Lunatic asylums Bombay report 1878-1890 - 1878-1890
Year: 1878
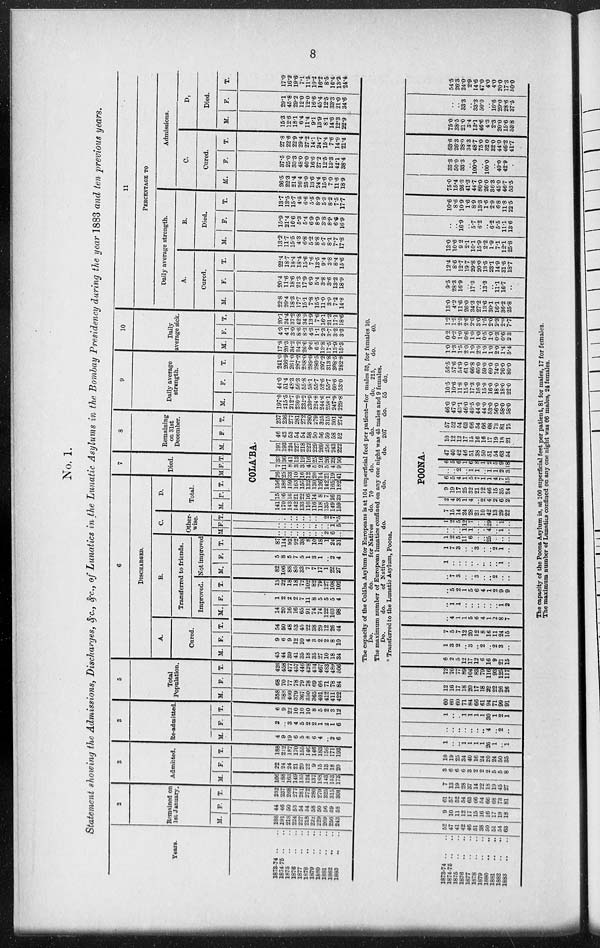
8
No. 1.
Statement showing the Admissions, Discharges, &c., &c., of Lunatics in the Lunatic Asylums in the Bombay Presidency during the year 1883 and ten previous years.
Years.
1873-74 .. ..
1874-75 .. ..
1875 .. ..
1876 .. ..
1877 .. ..
1878 .. ..
1879 .. ..
1880 .. ..
1881 .. ..
1882 .. ..
1883 .. ..
2
Remained on
1st January.
M.
188
191
218
224
227
218
222
229
269
256
243
F.
44
46
50
53
54
54
58
50
56
59
58
T.
232
237
268
277
281
272
280
279
325
315
301
3
Admitted.
M.
166
188
163
149
135
124
137
168
143
153
173
F.
22
24
24
21
20
22
9
15
13
18
20
T.
188
212
187
170
155
146
146
183
156
171
193
3
Re-admitted.
M.
4
9
19
6
5
8
6
4
..
2
6
F.
2
..
3
4 5
2
2
1
2
1
6
T.
6
9
22
10
10
10
8 5
2
3
12
5
Total
Population.
M.
358
388
400
379
367
350
365
401
412
411
422
F.
68
70
77
78
79
78
69
66
71
78
84
T.
426
458
477
457
446
428
434
467
483
489
506
6
DISCHARGED.
A.
Cured.
M.
45
44
39
41
35
18
35
27
10
18
34
F.
9
6
9
12
10
4
3
2
2
8
10
T.
54
50
48
53
45
22
38
29
12
26
44
B.
Transferred to friends.
Improved.
M.
14
20
16
16
65
91
74
74
122
103
98
F.
1
2
2
2
7
11
8
5
5
5
4
T.
15
22
18
18
72
102
82
79
127
108
102
Not improved
M.
82
106
88
85
33
7
7
17
1
22
27
F.
5
8
5
7
5
1
3
1
.. 2
4
T.
87
114
93
92
38
8
10
18
1
24
31
C.
Other-
wise.
M.
..
..
..
..
..
..
..
.. 2
6
..
F.
..
..
..
..
..
..
..
..
.. 1
5
T.
..
..
..
..
..
..
..
.. 2
7
*5
D.
Total.
M. F. T.
7
Died.
M. F. T.
8
Remaining
on 31st
December.
M. F. T.
COLA'BA.
141
170
143
142
133
116
116
118
135
149
159
15
16
16
21
22
16
14
8
7
16
23
156
186
159
163
155
132
130
126
142
165
182
26
25
33
10
16
12
20
14
21
19
41
7
11
8
3
3
4
5
2
5
4
9
33
36
41
13
19
16
25
16
26
23
50
191
193
224
227
218
222
229
269
256
243
222
46
43
53
54
54
58
50
56
59
58
52
237
236
277
281
272
280
279
325
315
301
274
9
Daily average
strength.
M.
197.0
215.5
212.7
230.9
232.2
230.9
224.8
244.6
258.1
247.9
229.8
F.
44.0
51.4
48.3
56.3
55.8
58.1
55.7
52.6
55.7
60.6
53.0
T.
241.0
266.9
261.0
287.2
288.0
289.0
280.5
297.2
313.8
308.5
282.8
10
Daily
average sick.
M.
17.8
20.3
34.2
34.2
26.6
9.6
6.5
13.8
17.5
13.9
15.3
F.
4.3
4.1
3.0
8.6
8.3
4.3
1.1
2.3
3.7
3.2
3.3
T.
20.1
24.4
37.2
42.8
34.9
13.9
7.6
16.1
21.2
17.1
18.6
11
PERCENTAGE TO
Daily average strength.
A.
Cured.
M.
22.8
20.4
18.3
17.7
15.1
7.8
15.5
11.0
3.9
7.2
14.8
F.
20.4
11.6
18.6
21.3
17.9
6.9
5.4
3.8
3.6
13.2
18.9
T.
22.4
18.7
18.4
18.4
15.6
7.6
13.5
9.4
3.8
8.4
15.6
B.
Died.
M.
13.2
11.7
15.5
4.3
6.8
5.2
8.8
5.7
8.1
7.7
17.8
F.
15.9
21.4
16.6
5.3
5.4
6.9
8.9
3.8
8.9
6.6
16.9
T.
13.7
13.5
15.7
4.5
6.6
5.5
8.9
5.3
8.2
7.5
17.7
Admissions.
C.
Cured.
M.
26.5
22.3
21.4
26.4
25.0
13.6
24.4
15.6
7.0
11.6
18.9
F.
37.5
25.0
33.3
48.0
40.0
16.6
27.2
12.5
13.3
42.1
38.4
T.
27.8
22.6
22.9
29.4
27.2
14.1
24.7
15.4
7.6
14.9
21.4
D,
Died.
M.
15.3
12.6
18.1
6.4
11.4
9.1
13.9
8.1
14.6
12.3
22.9
F.
29.1
45.8
29.2
12.0
12.0
16.6
45.4
12.5
33.3
21.0
34.6
T.
17.0
16.2
19.6
7.1
11.5
10.2
16.2
8.5
16.4
13.2
24.4
The capacity of the Colába Asylum for Europeans is at 104 superficial feet per patient—for males 35, for females 10.
Do.
do.
for Natives
do. 70
do.
do.
do. 215,
do.
40.
The maximum number of European lunatics confined on any one night was 45 males and 9 females.
Do.
do.
of Native
do.
do.
do. 207
do. 55 do.
* Transferred to the Lunatic Asylum, Poona.
1873-74 .. ..
1874-75 .. ..
1875 .. ..
1876 .. ..
1877 .. ..
1878 .. ..
1879.. ..
1880 .. ..
1881 .. ..
1882
..
..
1883 .. ..
52
47 41
42
46
51
38
50 51
54 63
9
10 11
12
17
15
16
16 17
19 18
61
57 52
54
63 66
54
66 68
73
81
7
13 19
28
37
14
22
18 19
45 27
3
6 6
6
3 2
2
2 5
5 8
10
19 25
34
40 16
24
20 24
50 35
1
.. ..
1
1 1
1 26
1
.. 1
..
.. ..
..
.. ..
..
4 ..
2 ..
1
.. ..
1
1 1
1 30
1 2
1
60
60 60
71
84 66
61 94
71
99
91
12
16
17
18
20 17
18
22
22
26
26
72
76
77
89
104 83
79
116
93
125
117
6
2
5
12
17
12
6
16
9
21
15
1
3
2
..
3
..
2
.. 2
3
..
7
5
7
12
20
12
8
16
11
24
15
..
4
1
1
5
6
4
1
2
8
7
..
1
1
..
.. ..
..
.. .. 1
2
..
5
2
1
5
6
4
1
2
9
9
..
7
3
..
.. 3
..
.. 2
.. ..
1
.. ..
..
.. ..
..
.. .. 1
..
1
7
3
..
.. 3
..
.. 2
1
..
1
2
5
11
6
..
.. 25
..
.. ..
..
.. .. 1
1
..
.. 4
.. 1
..
1
2
5
12
7 ..
.. 29
.. 1
..
POONA.
7
15
14
24
28
21
10
42
13
29
22
2
4
3
1
4
..
2
4
2
6
2
9
19
17
25
32
21
12
46
15
35
24
6
5
4
1
5
7
1
1
4
7
15
..
.. 2
..
1
1
.. 1
1
2
3
6
5
6
1
6
8
1
2
5
9
18
47
40
42
46
51
38
50
51
54
63
54
10
12
12
17
15
16
16
17
19
18
21
57
52
54
63
66
54
66
68
73
81
75
46.0
47.0
43.1
46.0
49.5
44.0
44.0
53.0
56.0
58.0
58.0
10.5
10.6
11.8
15.0
17.3
16.0
15.0
16.0
18.0
18.0
22.0
56.5
57.6
54.9
61.0
66.8
60.0
59.0
69.0
74.0
76.0
80.0
1.0
1.3
1.5
2.0
1.0
2.0
1.0
1.0
2.0
1.4
5.4
0.2
0.2
1.0
0.6
1.0
1.0
0.5
1.0
0.3
0.6
2.3
1.2
1.5
2.5
2.6
2.0
3.0
1.5
2.0
2.3
2.0
7.7
13.0
4.2
11.6
26.0
34.3
27.2
13.6
30.1
16.1
36.2
25.8
9.5
28.3
16.9
..
17.3
..
13.3
.. 11.1
16.7
..
12.4
8.6
12.7
19.7
29.8
20.0
13.5
23.1
14.9
31.6
18.7
13.0
10.6.. 9.2
2.1
10.1
15.9
2.2
1.9
7.1
12.1
25.8
..
16.9
..
5.7
6.2
.. 6.2 5.5
11.1
13.6
10.6
8.6
10.9
1.6
8.9
13.3
1.6
2.9
6.8
11.8
22.5
75.0
15.4
26.3
41.3
44.7
80.0
26.0
36.3
45.0
46.7
53.5
33.3
50.0
33.3
..
100.0
..
100.0
.. 40.0
42.9
..
63.6
26.3
28.0
34.3
48.7
75.0
32.0
32.0
44.0
46.2
41.7
75.0
38.5
21.0
3.4
13.1
46.6
4.3
2.3
20.0
15.6
53.8
..
.. 33.3
..
33.3
50.0
.. 16.6
20.0
28.6
37.5
54.5
26.3
24.0
2.9
14.6
47.0
4.0
4.0
20.0
17.3
50.0
The capacity of the Poona Asylum is, at 100 superficial feet per patient, 81 for males, 17 for females.
The maximum number of Lunatics confined on any one night was 66 males, 24 females.